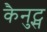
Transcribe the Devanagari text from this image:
कैनुट्स